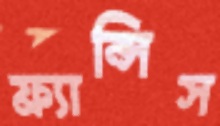
ফ্র্যান্সিস